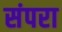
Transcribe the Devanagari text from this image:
संपरा